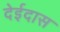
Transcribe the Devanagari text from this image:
देईदास